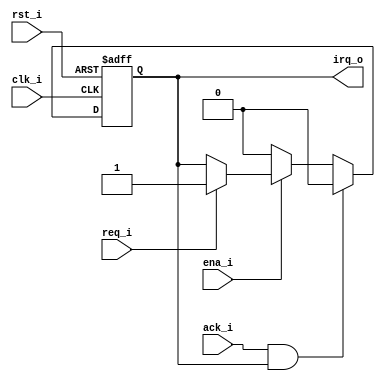
//=================================================================================
//   Ethernet   - RTL8211EG
//---------------------------------------------------------------------------------
//     
//=================================================================================
module bus_int(
	input			clk_i,		// 
	input			rst_i,		//  
	input			ena_i,		//   
	input			req_i,		//   
	input			ack_i,		//   
	output reg	irq_o			//    
);

always @(posedge clk_i, posedge rst_i)
	if(rst_i) irq_o <= 1'b0;
	else begin
		if(ena_i) begin
			if(req_i)
				irq_o <= 1'b1;
		end
		else
			irq_o <= 1'b0;
		if(ack_i & irq_o)
			irq_o <= 1'b0;
	end

endmodule